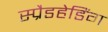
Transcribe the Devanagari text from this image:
स्प्रैडहेडिंग